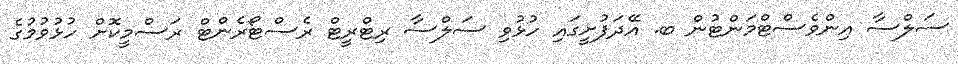
ސަލްސާ އިންވެސްޓްމަންޓުން ބ. އޭދަފުށީގައި ހުޅުވި ސަލްސާ ރިޓްރީޓް ރެސްޓޯރެންޓް ރަސްމީކޮށް ހުޅުވުމުގެ